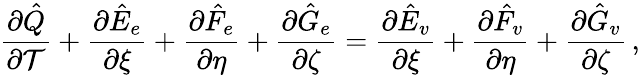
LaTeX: \frac{\partial\hat{Q}}{\partial\mathcal{T}}+\frac{\partial\hat{E}_{e}}{\partial\xi}+\frac{\partial\hat{F}_{e}}{\partial\eta}+\frac{\partial\hat{G}_{e}}{\partial\zeta}=\frac{\partial\hat{E}_{v}}{\partial\xi}+\frac{\partial\hat{F}_{v}}{\partial\eta}+\frac{\partial\hat{G}_{v}}{\partial\zeta}\, \mathrm{,}